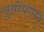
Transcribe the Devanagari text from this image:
सुबोधगम्य